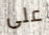
على